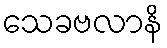
သေခဗလာနိ